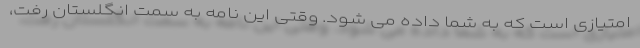
امتیازی است که به شما داده می شود. وقتی این نامه به سمت انگلستان رفت،